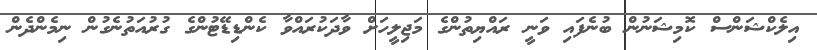
އިލެކްޝަންސް ކޮމިޝަނުން ބުނެފައި ވަނީ ރައްޔިތުންގެ މަޖިލީހަށް ވާދަކުރައްވާ ކެންޑިޑޭޓުންގެ ގުރުއަތުނެގުން ނިމެންދެން